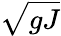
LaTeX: \sqrt{gJ}